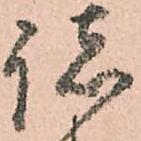
諸